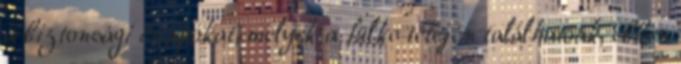
a biztonsági csapokat, melyek a fülke tetején találhatóak, ebben